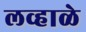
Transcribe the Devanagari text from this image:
लव्हाळे